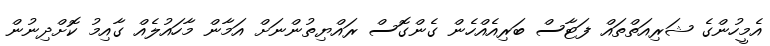
އެމީހުންގެ ޝަރިއަތްތައް ފަޓާސް ބަރިއެއްހެން ގެންގޮސް ރައްޔިތުންނަށް އަމާން މާހައުލެއް ގާއިމު ކޮށްދިނުން